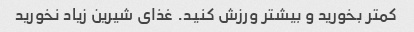
کمتر بخورید و بیشتر ورزش کنید. غذای شیرین زیاد نخورید